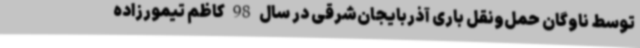
توسط ناوگان حمل‌ونقل باری آذربایجان‌شرقی در سال 98 کاظم تیمورزاده